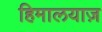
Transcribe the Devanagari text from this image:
हिमालयाज़